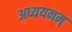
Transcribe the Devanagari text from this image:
अध्ययनम्